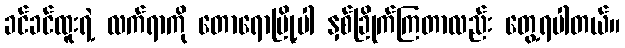
ခင်ခင်ထူးရဲ့ လက်ရာကို တောရောမြို့ပါ နှစ်ခြိုက်ကြတာလည်း တွေ့ရပါတယ်။